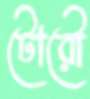
টোরৌ